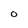
Character: O